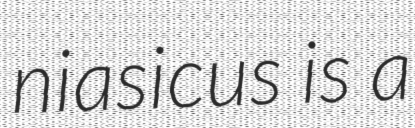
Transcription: niasicus is a